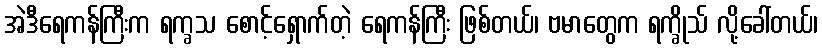
အဲဒီရေကန်ကြီးက ရက္ခသ စောင့်ရှောက်တဲ့ ရေကန်ကြီး ဖြစ်တယ်၊ ဗမာတွေက ရက္ခိုသ် လို့ခေါ်တယ်၊